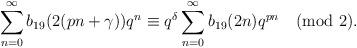
LaTeX: \begin{align*}\sum_{n=0}^{\infty}b_{19}(2(pn+\gamma))q^n\equiv q^{\delta}\sum_{n=0}^{\infty}b_{19}(2n)q^{pn}\pmod 2.\end{align*}